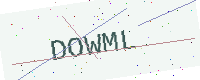
Text: DOWML